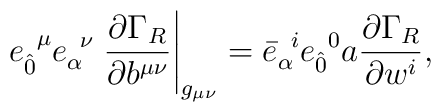
e_{ \hat{0}}^{\;\;\mu}e_{\alpha}^{\;\; \nu} \left. \frac{\partial \Gamma_{R}}{\partial b^{\mu \nu}} \right|_{g_{\mu\nu}} = {\bar{e}}_{\alpha}^{\;\; i} {e}_{\hat{0}}^{\;\;0} a \frac{\partial \Gamma_{R}}{ \partial w^{i}},